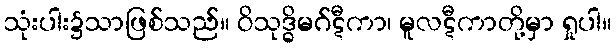
သုံးပါး၌သာဖြစ်သည်။ ဝိသုဒ္ဓိမဂ်ဋီကာ၊ မူလဋီကာတို့မှာ ရှုပါ။